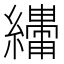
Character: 𬘆